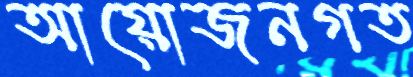
আয়োজনগত